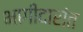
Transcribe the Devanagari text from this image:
भागीदारांत